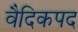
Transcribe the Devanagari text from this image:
वैदिकपद